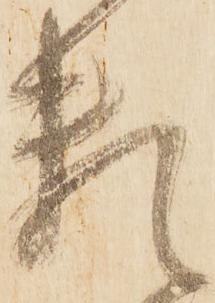
頼